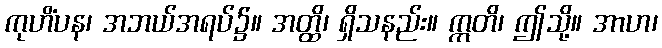
ကုဟိံပန၊ အဘယ်အရပ်၌။ အတ္ထိ၊ ရှိသနည်း။ ဣတိ၊ ဤသို့။ အာဟ၊